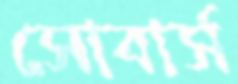
সোবার্স